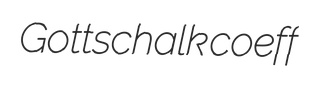
Gottschalk coeff